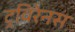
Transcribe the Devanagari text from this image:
ट्रविरेनस